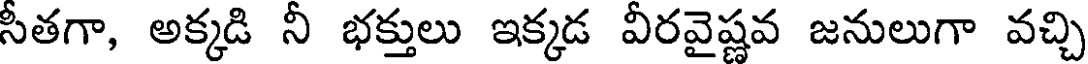
సీతగా, అక్కడి నీ భక్తులు ఇక్కడ వీరవైష్ణవ జనులుగా వచ్చి